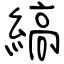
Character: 縞